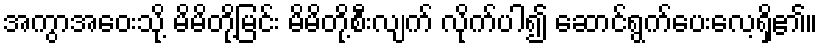
အကွာအဝေးသို့ မိမိတို့မြင်း မိမိတို့စီးလျက် လိုက်ပါ၍ ဆောင်ရွက်ပေးလေ့ရှိ၏။